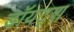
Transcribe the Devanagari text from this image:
डॉयट्श